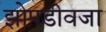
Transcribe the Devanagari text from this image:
झोपडीवजा